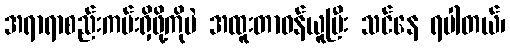
အရာရာစည်းကမ်းရှိဖို့ကိုပဲ အထူးတာဝန်ယူပြီး သင်နေ ရပါတယ်၊